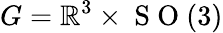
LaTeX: G=\mathbb{R}^{3}\times\mathrm{~S~O~}(3)